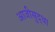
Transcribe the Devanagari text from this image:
आजीसुद्धा